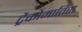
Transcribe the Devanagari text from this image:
ट्रैकोमातिस